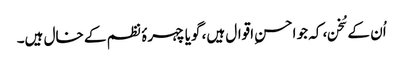
اُن کے سُخن، کہ جو احسنِ اقوال ہیں، گویا چہرۂ نظم کے خال ہیں۔